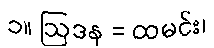
၁။ ဩဒန = ထမင်း၊